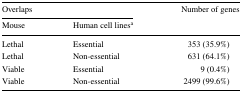
<table><thead><tr><td colspan="2"><b>Overlaps</b></td><td><b>Number of genes</b></td></tr><tr><td><b>Mouse</b></td><td><b>Human cell lines<sup>a</sup></b></td><td></td></tr></thead><tbody><tr><td>Lethal</td><td>Essential</td><td>353 (35.9%)</td></tr><tr><td>Lethal</td><td>Non-essential</td><td>631 (64.1%)</td></tr><tr><td>Viable</td><td>Essential</td><td>9 (0.4%)</td></tr><tr><td>Viable</td><td>Non-essential</td><td>2499 (99.6%)</td></tr></tbody></table>